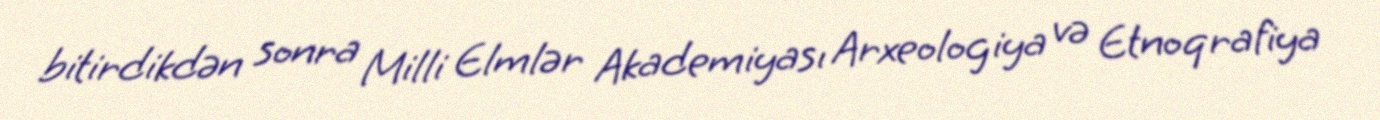
bitirdikdən sonra Milli Elmlər Akademiyası Arxeologiya və Etnoqrafiya